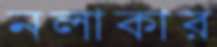
নলাকার